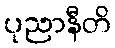
ပုညာနီတိ